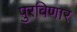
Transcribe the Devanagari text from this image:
पुरविणार